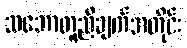
သဘောတူညီချက်အတိုင်း